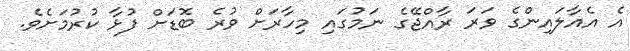
އެ އެއާލައިންގެ ވަރަ ރާއްޖޭގެ ނަމުގައި މިހާރަށް ވުރެ ބޮޑަށް ފުޅާ ކުރުމަށެވެ.